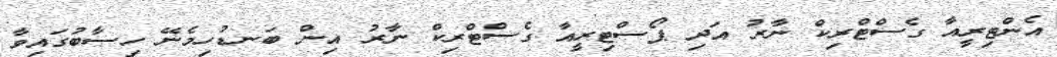
އެންޓިރީއާ ގެސްޓްރިކް ނާރު އަދި ޕޯސްޓިރީއާ ގެސްޓްރިކް ނާރު އިން ބަނޑުހިމެނޭ ހިސާބުގައިވާ